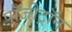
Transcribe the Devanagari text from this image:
पॉजी़ट्रॉन